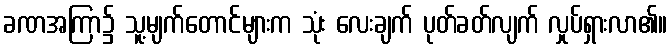
ခဏအကြာ၌ သူ့မျက်တောင်များက သုံး လေးချက် ပုတ်ခတ်လျက် လှုပ်ရှားလာ၏။